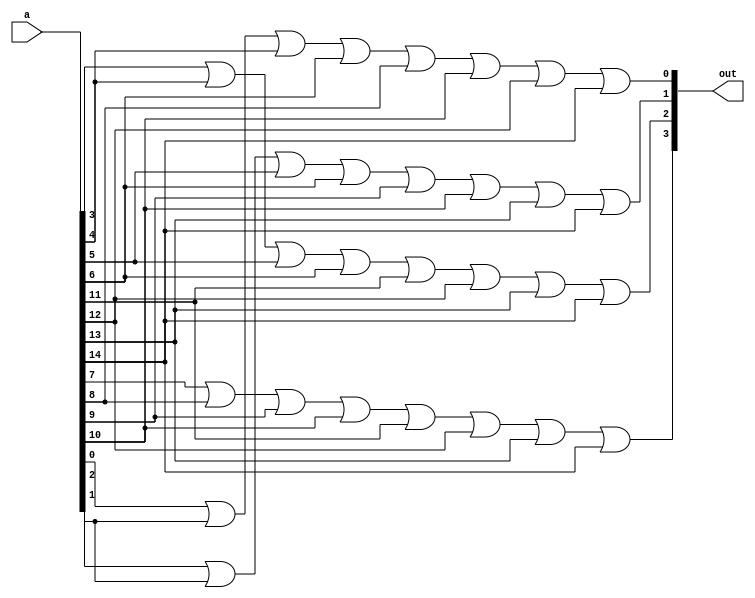
module p_encode (
    input wire [14:0] a,
    output wire [3:0] out
);
    assign out[0] = a[0] || a[2] || a[4] || a[6] ||
             a[8] || a[10] || a[12] || a[14];
            
    assign out[1] = a[1] || a[2] || a[5] || a[6] ||
             a[9] || a[10] || a[13] || a[14];

    assign out[2] = a[3] || a[4] || a[5] || a[6] ||
             a[11] || a[12] || a[13] || a[14];

    assign out[3] = a[7] || a[8] || a[9] || a[10] ||
             a[11] || a[12] || a[13] || a[14];
    
endmodule